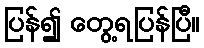
ပြန်၍ တွေ့ရပြန်ပြီ။